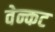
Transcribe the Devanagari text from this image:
वेन्कट